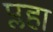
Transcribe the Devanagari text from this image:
प्लहा